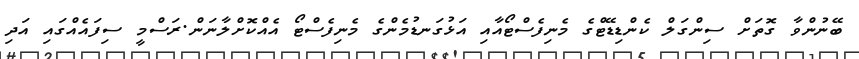
ބޭނުންވާ ގޮތަށް ސިންގަލް ކެންޑިޑޭޓްގެ މެނިފެސްޓޯއާއި އަޅުގަނޑުމެންގެ މެނިފެސްޓޯ އެއްކޮށްލާނަން.ރަސްމީ ސިފައެއްގައި އަދި